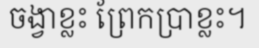
ចង្វាខ្លះ ព្រែកប្រាខ្លះ។